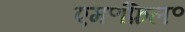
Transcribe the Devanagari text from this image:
एम॰फ़िल॰